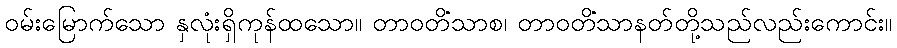
ဝမ်းမြောက်သော နှလုံးရှိကုန်ထသော။ တာဝတိံသာစ၊ တာဝတိံသာနတ်တို့သည်လည်းကောင်း။